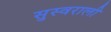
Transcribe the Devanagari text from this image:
सुस्वराली